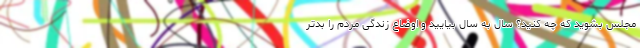
مجلس بشوید که چه کنید؟ سال به سال بیایید و اوضاع زندگی مردم را بدتر